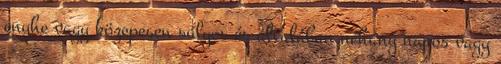
enyhe vagy közepesen súlyos és általában néhány napos vagy